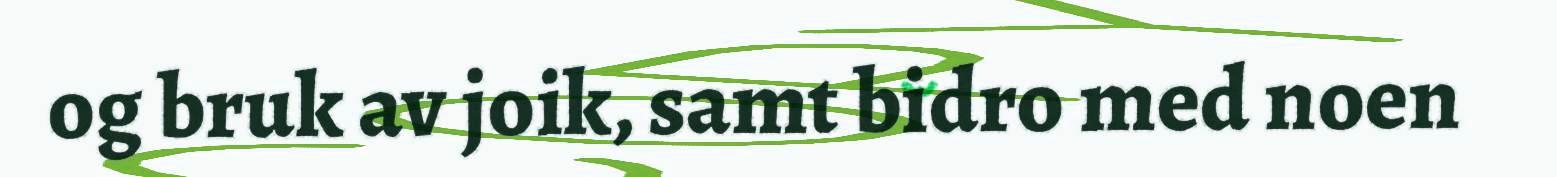
og bruk av joik, samt bidro med noen